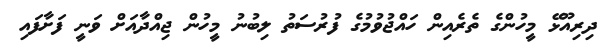
ދިރިއޫޅޭ މީހުންގެ ތެރެއިން ހައްޖުވުމުގެ ފުރުސަތު ލިބުނު މީހުން ޖިއްދާއަށް ވަނީ ފަށާފައި